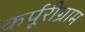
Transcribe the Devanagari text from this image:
कर्पूरीग्राम